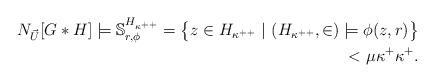
LaTeX: \begin{align*}N_{\vec{U}}[G*H] \models \mathbb{S}^{H_{\kappa^{++}}}_{r,\phi}= \big\{ z \in H_{\kappa^{++}} \ | \ (H_{\kappa^{++}}, \in) \models \phi(z,r) \big\} \\ <\mu \kappa^+ \kappa^+.\end{align*}